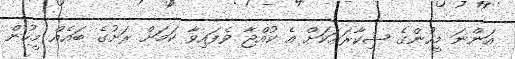
އަންނަ މީހުންގެ ޝިކާރައަކަށް އެ ކުއްޖާ ވެފައިވާ ކަމަށް ރަށުގެ ބައެއް މީހުން